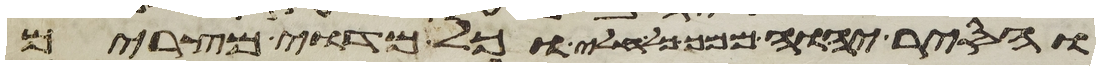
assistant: והסיר יהוה ממך כל חלי וכל מדוי מצרים